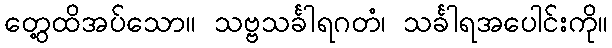
တွေ့ထိအပ်သော။ သဗ္ဗသင်္ခါရဂတံ၊ သင်္ခါရအပေါင်းကို။